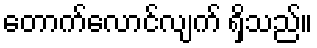
တောက်လောင်လျက် ရှိသည်။